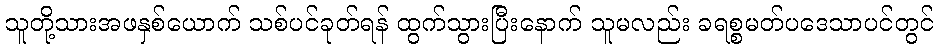
သူတို့သားအဖနှစ်ယောက် သစ်ပင်ခုတ်ရန် ထွက်သွားပြီးနောက် သူမလည်း ခရစ္စမတ်ပဒေသာပင်တွင်